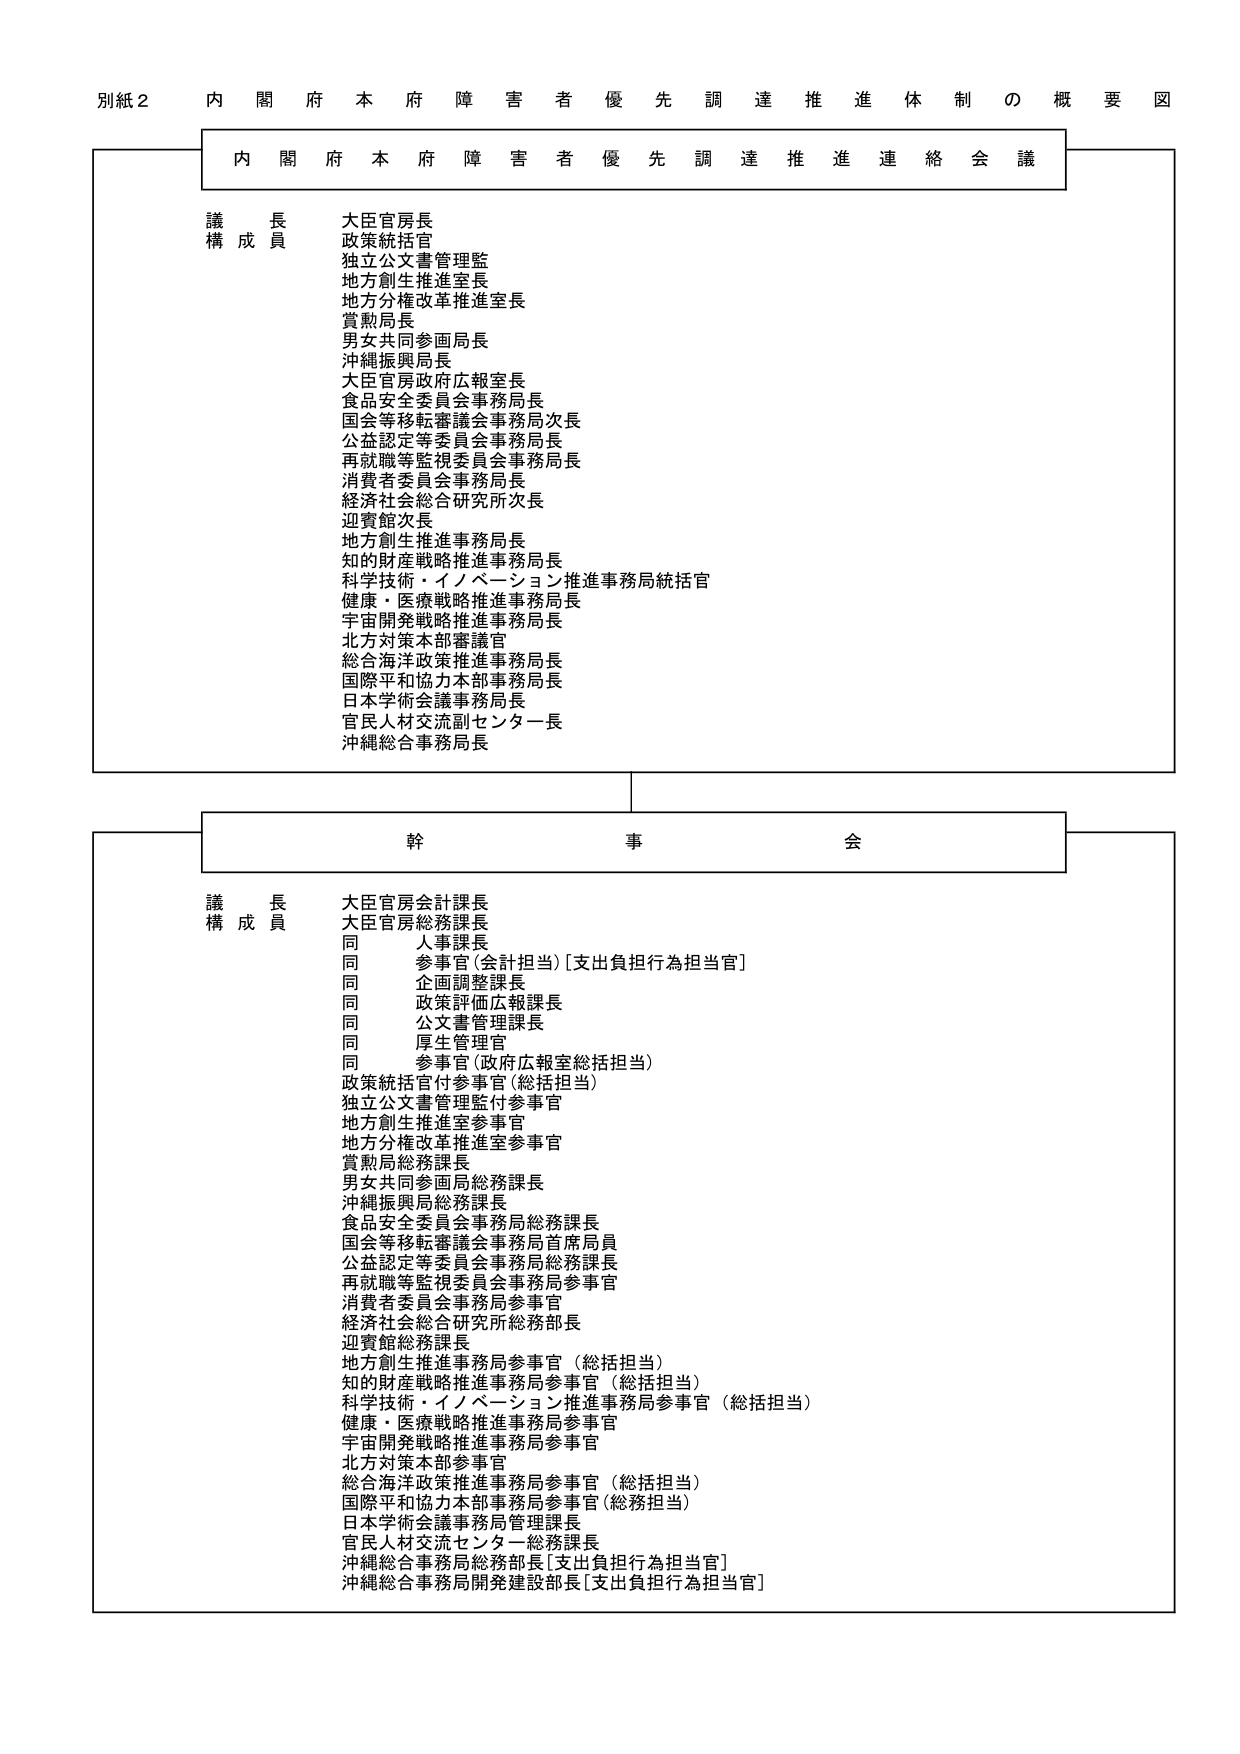
別紙２ 内閣府本府障害者優先調達推進体制の概要図

内閣府本府障害者優先調達推進連絡会議

議長 大臣官房長
構成員 政策統括官
独立公文書管理監
地方創生推進室長
地方分権改革推進室長
賞勲局長
男女共同参画局長
沖縄振興局長
大臣官房政府広報室長
食品安全委員会事務局長
国会等移転審議会事務局次長
公益認定等委員会事務局長
再就職等監視委員会事務局長
消費者委員会事務局長
経済社会総合研究所次長
迎賓館次長
地方創生推進事務局長
知的財産戦略推進事務局長
科学技術・イノベーション推進事務局統括官
健康・医療戦略推進事務局長
宇宙開発戦略推進事務局長
北方対策本部審議官
総合海洋政策推進事務局長
国際平和協力本部事務局長
日本学術会議事務局長
官民人材交流副センター長
沖縄総合事務局長

幹事会

議長 大臣官房会計課長
構成員 大臣官房総務課長
同 人事課長
同 参事官（会計担当）［支出負担行為担当官］
同 企画調整課長
同 政策評価広報課長
同 公文書管理課長
同 厚生管理官
同 参事官（政府広報室総括担当）
政策統括官付参事官（総括担当）
独立公文書管理監付参事官
地方創生推進室参事官
地方分権改革推進室参事官
賞勲局総務課長
男女共同参画局総務課長
沖縄振興局総務課長
食品安全委員会事務局総務課長
国会等移転審議会事務局首席局員
公益認定等委員会事務局総務課長
再就職等監視委員会事務局参事官
消費者委員会事務局参事官
経済社会総合研究所総務部長
迎賓館総務課長
地方創生推進事務局参事官（総括担当）
知的財産戦略推進事務局参事官（総括担当）
科学技術・イノベーション推進事務局参事官（総括担当）
健康・医療戦略推進事務局参事官
宇宙開発戦略推進事務局参事官
北方対策本部参事官
総合海洋政策推進事務局参事官（総括担当）
国際平和協力本部事務局参事官（総務担当）
日本学術会議事務局管理課長
官民人材交流センター総務課長
沖縄総合事務局総務部長［支出負担行為担当官］
沖縄総合事務局開発建設部長［支出負担行為担当官］